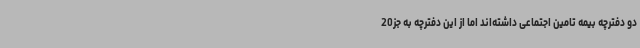
دو دفترچه بیمه تامین‌ اجتماعی داشته‌اند اما از این دفترچه به‌ جز20